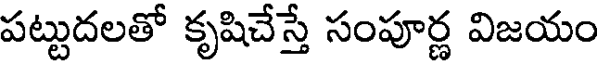
పట్టుదలతో కృషిచేస్తే సంపూర్ణ విజయం